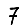
Digit: 7